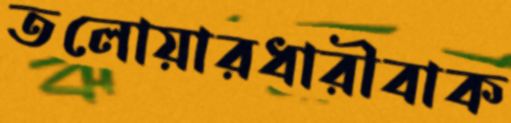
তলোয়ারধারীবাক